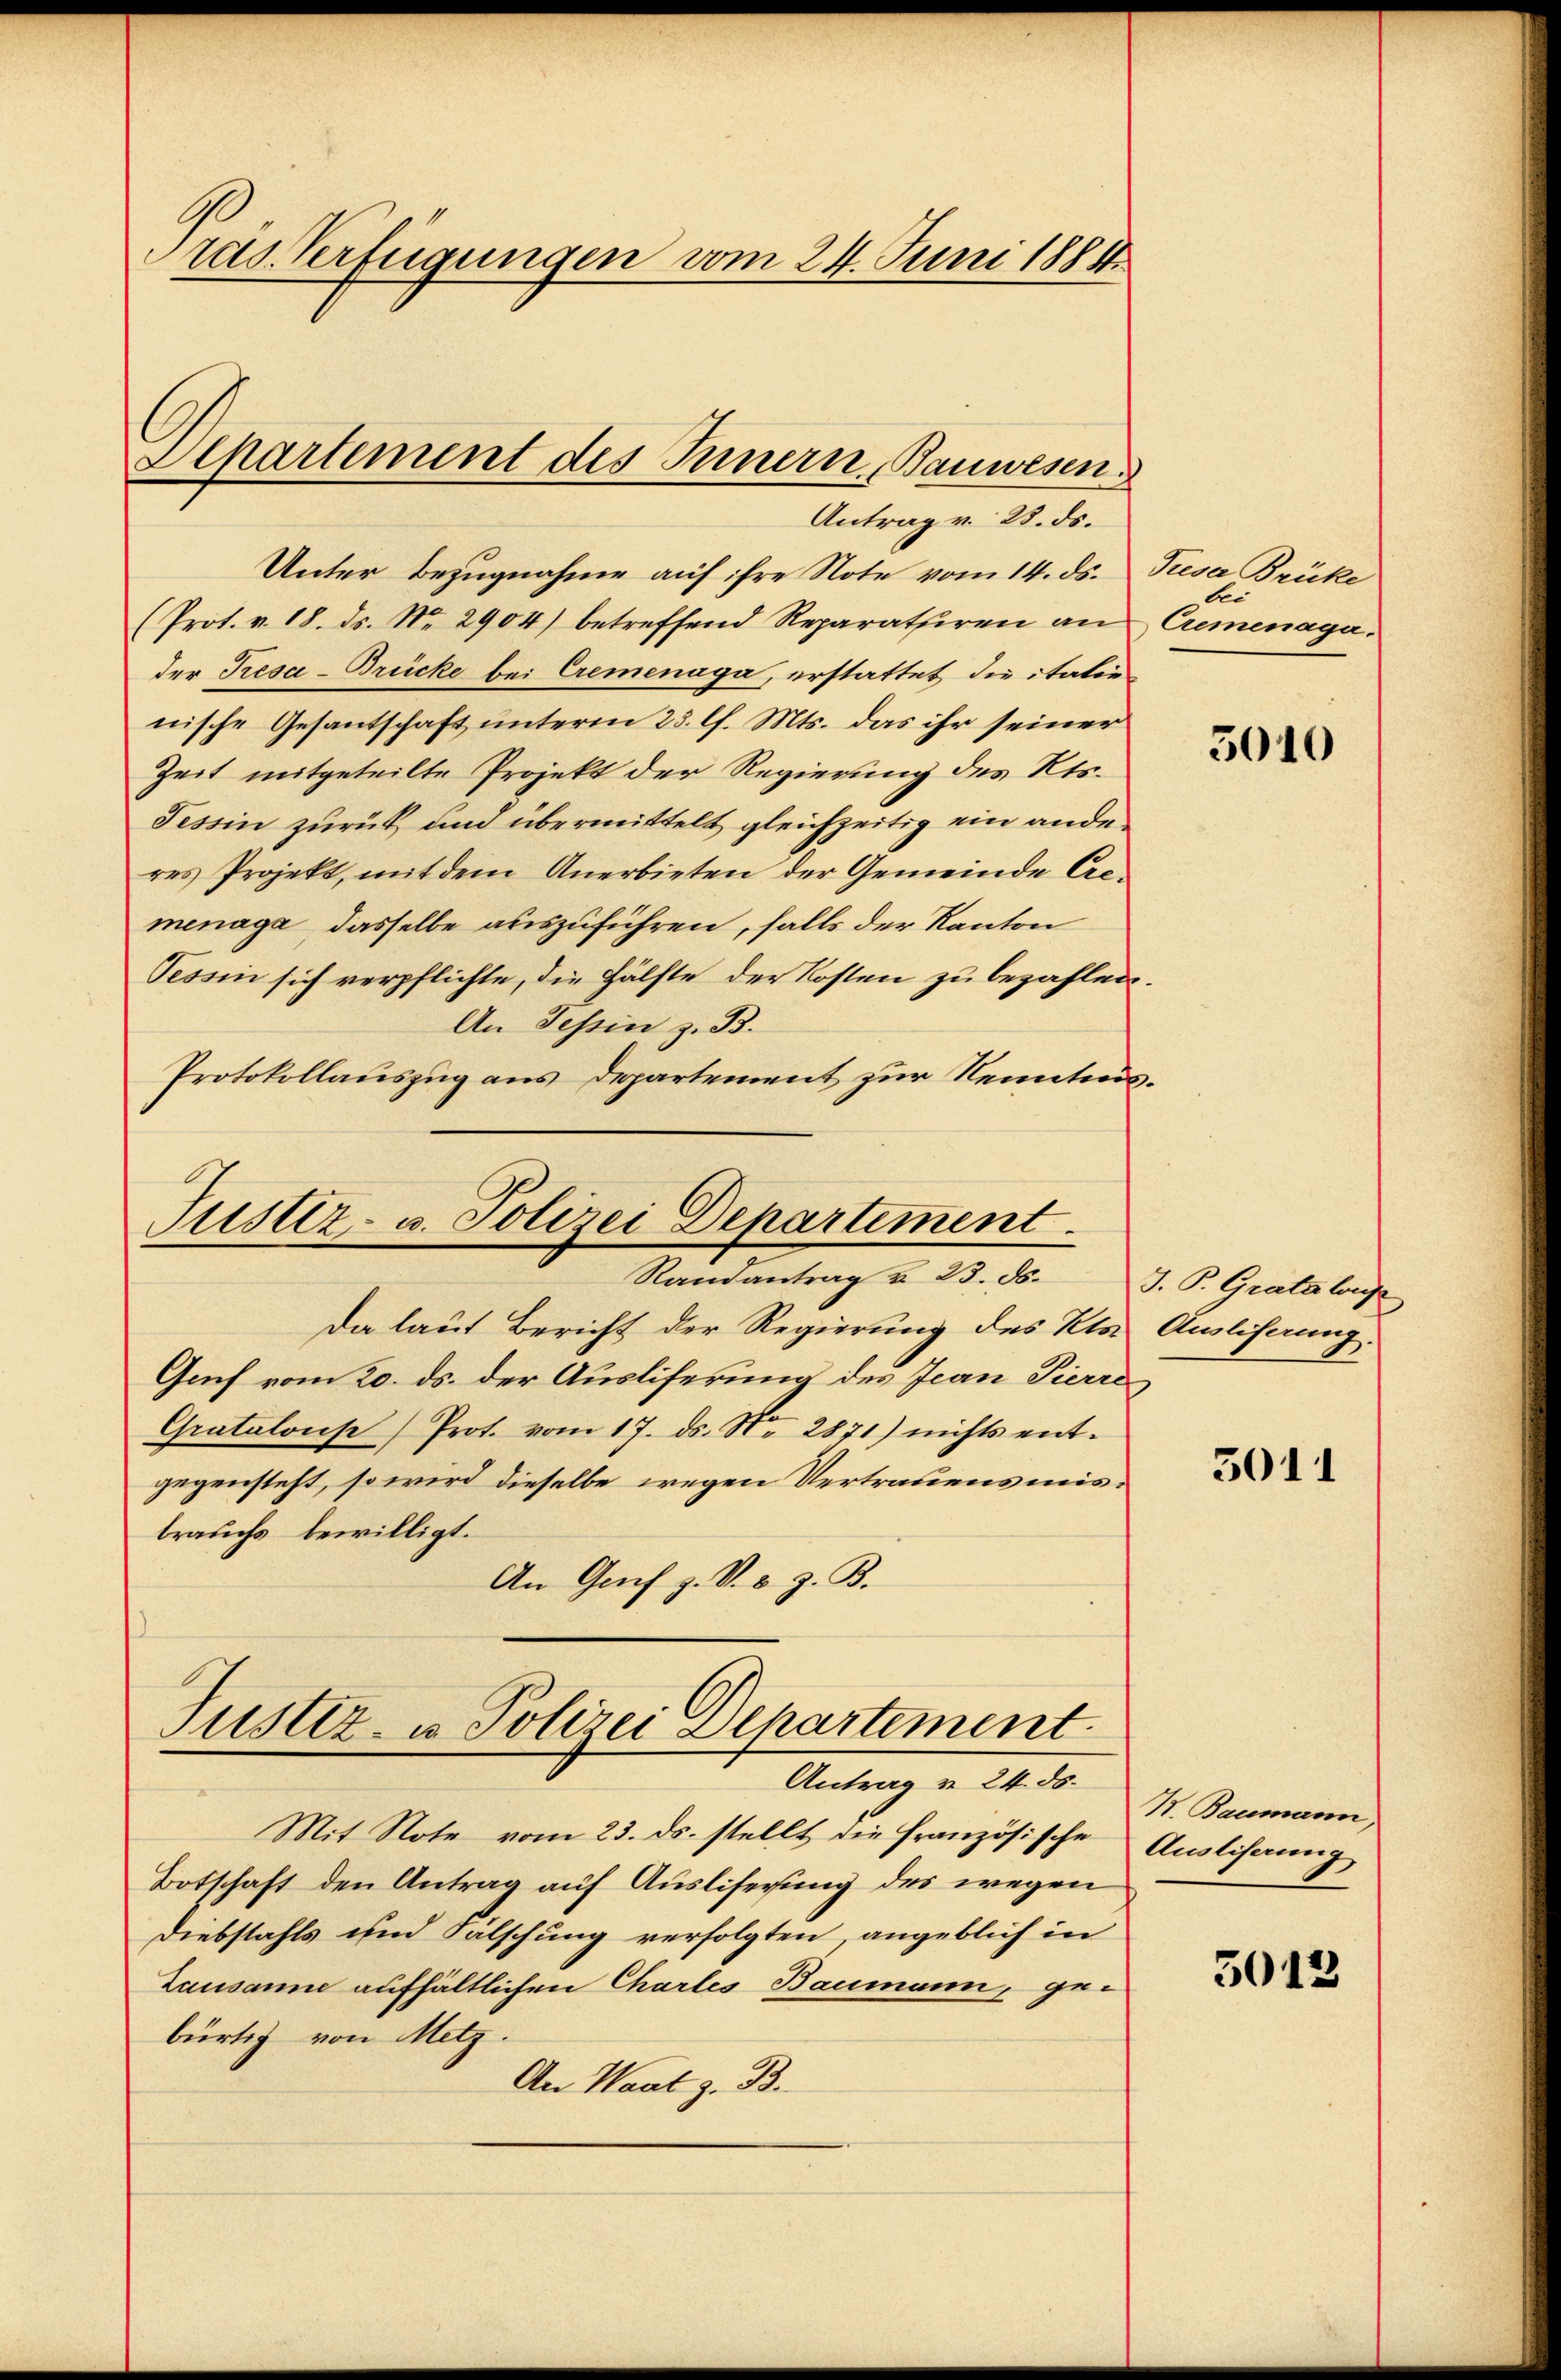
ras. Verfügungen vom 24. Juni 1884.

Lepartement des Innern, Bauwesen.
Antrag v. 23. ds.

Unter Bezugnahme auf ihre Note vom 14. ds. Tieser Brüke
(Prot. v. 18. ds. No. 2904) betreffend Reparatiren an Cremenagader Presa-Brücke bei Cremenaga, erstattet die italie
nische Gesantschaft unterm 23. l. Mts. das ihr seiner
Zeit mitgeteilte Projekt der Regierung des Kts.
Tessin zurück und übermittelt gleichzeitig ein anderes Projekt, mit dem Anerbieten der Gemeinde Cremenaga dasselbe auszuführen, falls der Kanton
Tessin sich verpflichte, die Hälfte der Kosten zu bezahlen.
An Tessin z. B.
Protokollauszug aus Departement zur Kenntnis¬

Justiz- u. Polizei Departement
Randantrag v. 23. ds.

Da laut Bericht der Regierung des Kts.
Guef vom 20. ds. der Ausliferung des Jean Pierre
Gratalons Prot. vom 17. ds. No. 2871) nichts ent-
gegensteht, so wird dieselbe wegen Vertrauensmisbrauchs bewilligt.
An Genf z. V. u. z. B.
Mit Note vom 23. ds. stellt die französische Auslihaung
Botschaft den Antrag auf Ausliserung des wegen
Diebstahls und Sälschung verfolgten, angeblich in
Lausanne aufhältlichen Chartes Baumann, ge-
bürtig von Metz.
An Waat z. B.

Justiz- u. Polizei Departement
Antrag v. 24. ds.

bei

5010

J. P. Gratalons
Auslieferung.

3011

K. Baumann,

5012